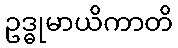
ဥဒ္ဓုမာယိကာတိ